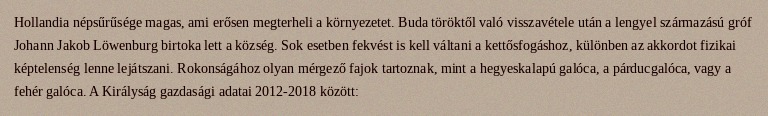
Hollandia népsűrűsége magas, ami erősen megterheli a környezetet. Buda töröktől való visszavétele után a lengyel származású gróf Johann Jakob Löwenburg birtoka lett a község. Sok esetben fekvést is kell váltani a kettősfogáshoz, különben az akkordot fizikai képtelenség lenne lejátszani. Rokonságához olyan mérgező fajok tartoznak, mint a hegyeskalapú galóca, a párducgalóca, vagy a fehér galóca. A Királyság gazdasági adatai 2012-2018 között: